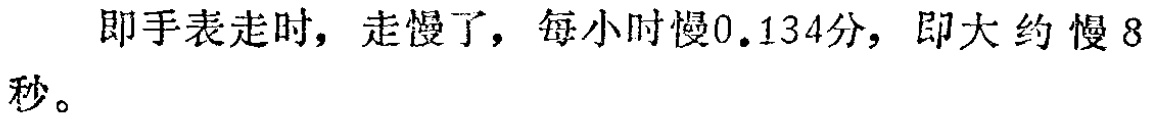
即手表走时，走慢了，每小时慢0.134分，即大约慢8秒。